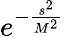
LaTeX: e^{-\frac{s^{2}}{M^{2}}}